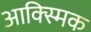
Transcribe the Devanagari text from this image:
आक्स्मिक